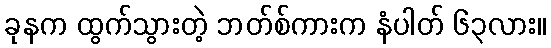
ခုနက ထွက်သွားတဲ့ ဘတ်စ်ကားက နံပါတ် ၆၃လား။